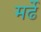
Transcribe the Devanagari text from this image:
मर्ढे